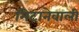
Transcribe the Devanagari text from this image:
मिटानेवाली